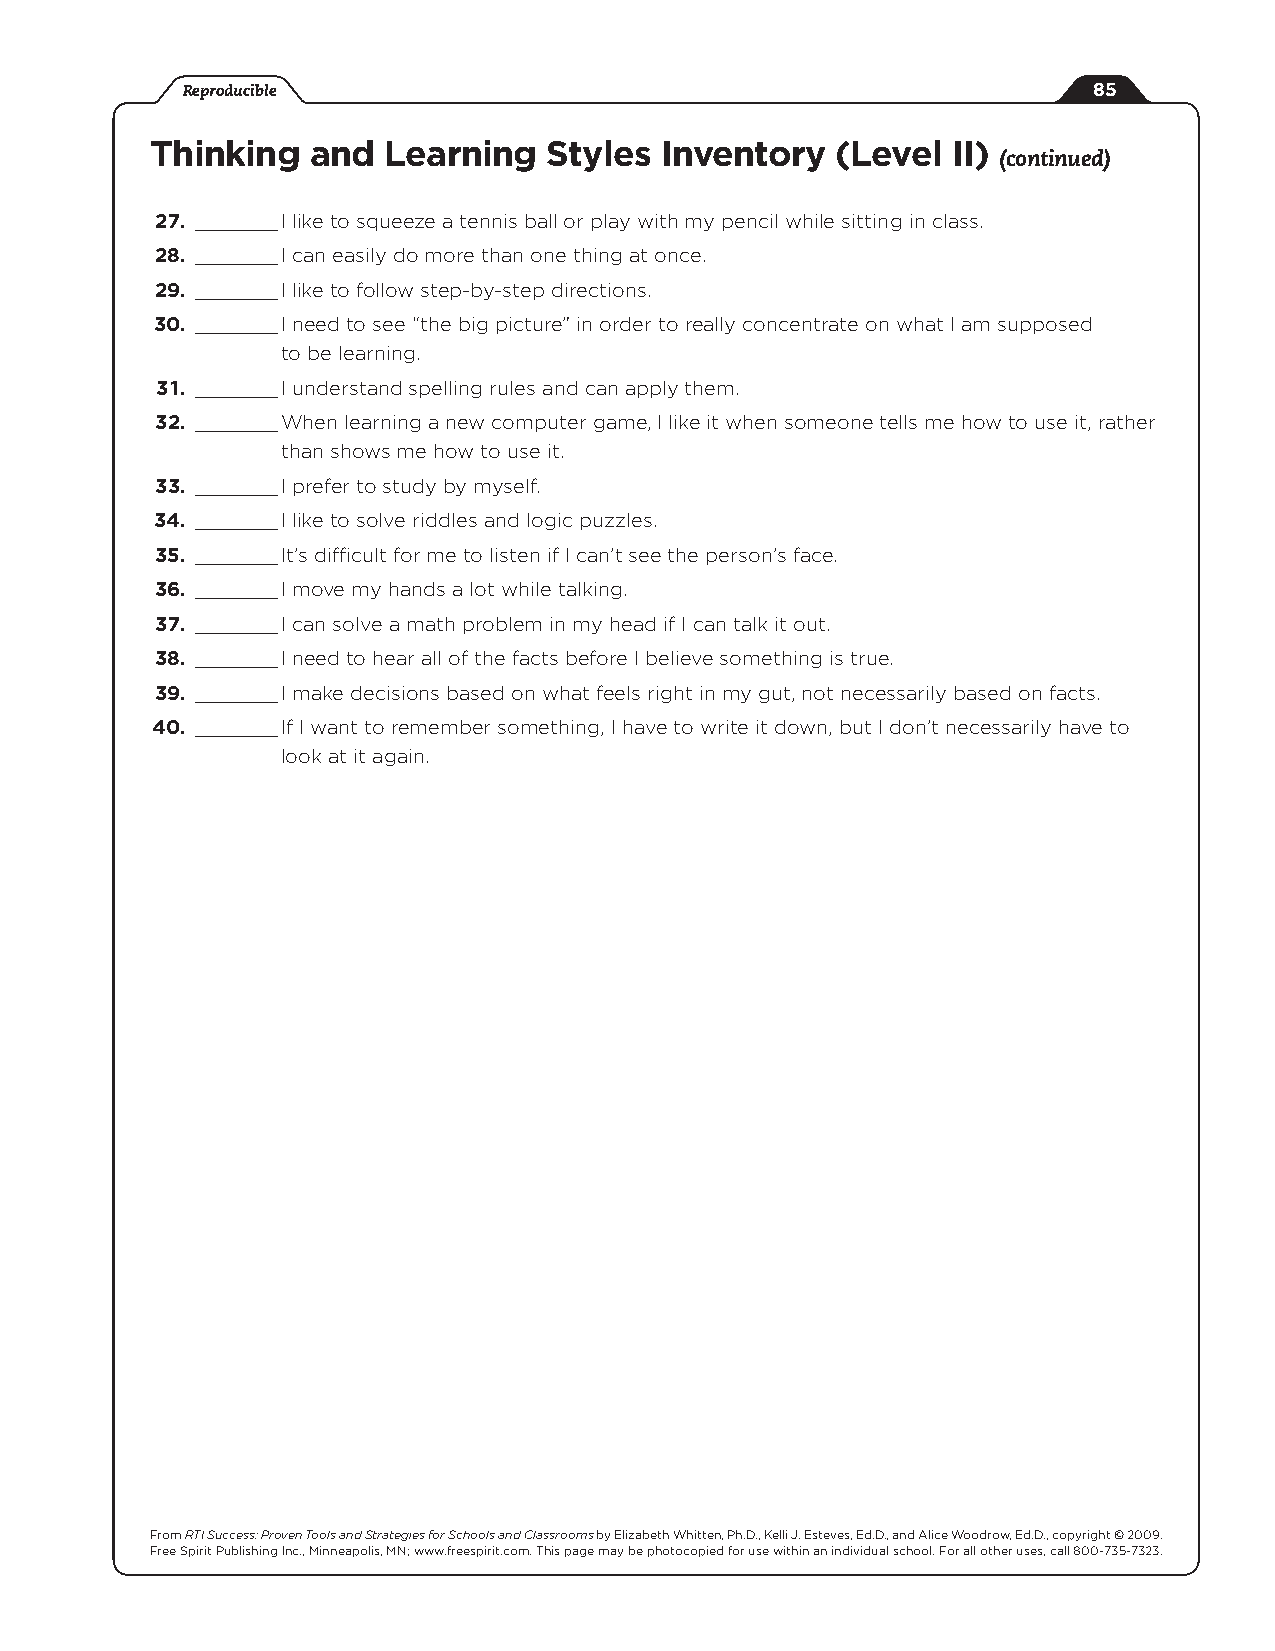
Reproducible                                                85
 thinking   and  Learning   Styles inventory   (Level  ii)
 (continued)
 27. _______ I like to squeeze a tennis ball or play with my pencil while sitting in class.
 28. _______ I can easily do more than one thing at once.
 29. _______ I like to follow step-by-step directions.
 30. _______ I need to see “the big picture” in order to really concentrate on what I am supposed
 to be learning.
 31. _______ I understand spelling rules and can apply them.
 32. _______ When learning a new computer game, I like it when someone tells me how to use it, rather
 than shows me how to use it.
 33. _______ I prefer to study by myself.
 34. _______ I like to solve riddles and logic puzzles.
 35. _______ It’s difficult for me to listen if I can’t see the person’s face.
 36. _______ I move my hands a lot while talking.
 37. _______ I can solve a math problem in my head if I can talk it out.
 38. _______ I need to hear all of the facts before I believe something is true.
 39. _______ I make decisions based on what feels right in my gut, not necessarily based on facts.
 40. _______ If I want to remember something, I have to write it down, but I don’t necessarily have to
 look at it again.
 continued
 From RTI Success: Proven Tools and Strategies for Schools and Classrooms by Elizabeth Whitten, Ph.D., Kelli J. Esteves, Ed.D., and Alice Woodrow, Ed.D., copyright © 2009.
 Free Spirit Publishing Inc., Minneapolis, MN; www.freespirit.com. This page may be photocopied for use within an individual school. For all other uses, call 800-735-7323.